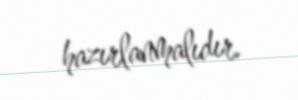
hazırlanmalıdır.